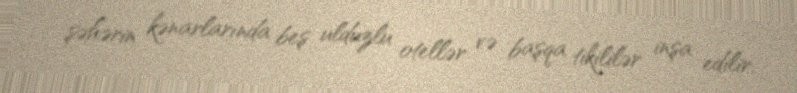
şəhərin kənarlarında beş ulduzlu otellər və başqa tikililər inşa edilir.